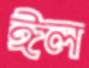
ঈল